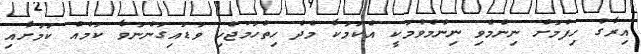
އިރާގު ހިފުމަށް ނިންމެވި ނިންމެވުމަކީ އެކަމަކާ މެދު ހިތްހަމަޖެހި ވަޑައިގަންނަވާ ކަމެއް ކަމަށާއި